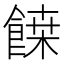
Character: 𩝀